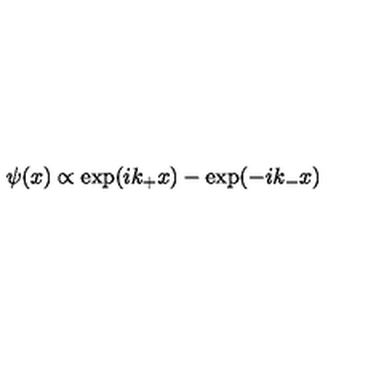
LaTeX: \psi ( x ) \propto \exp ( i k _ { + } x ) - \exp ( - i k _ { - } x )